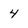
Character: 4